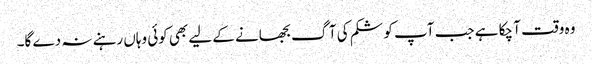
وہ وقت آ چکا ہے جب آپ کو شکم کی آگ بجھانے کے لیے بھی کوئی وہاں رہنے نہ دے گا۔